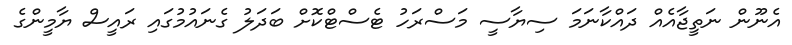
އެނޫން ނަތީޖާއެއް ދައްކާނަމަ ސިޔާސީ މަސްރަހު ޓެސްޓްކޮށް ބަދަލު ގެނައުމުގައި ރައީސް ޔާމީންގެ